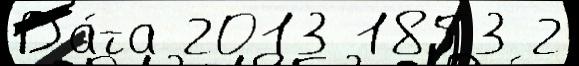
Да́та 2013 1853 2